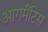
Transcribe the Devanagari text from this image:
आगमैंटिस